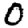
Digit: 0